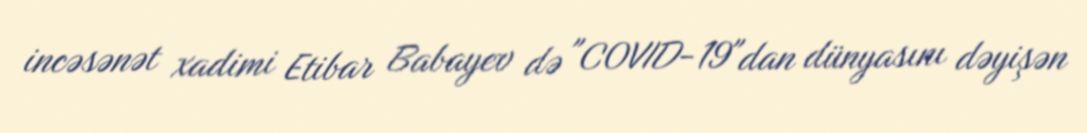
incəsənət xadimi Etibar Babayev də "COVID-19"dan dünyasını dəyişən